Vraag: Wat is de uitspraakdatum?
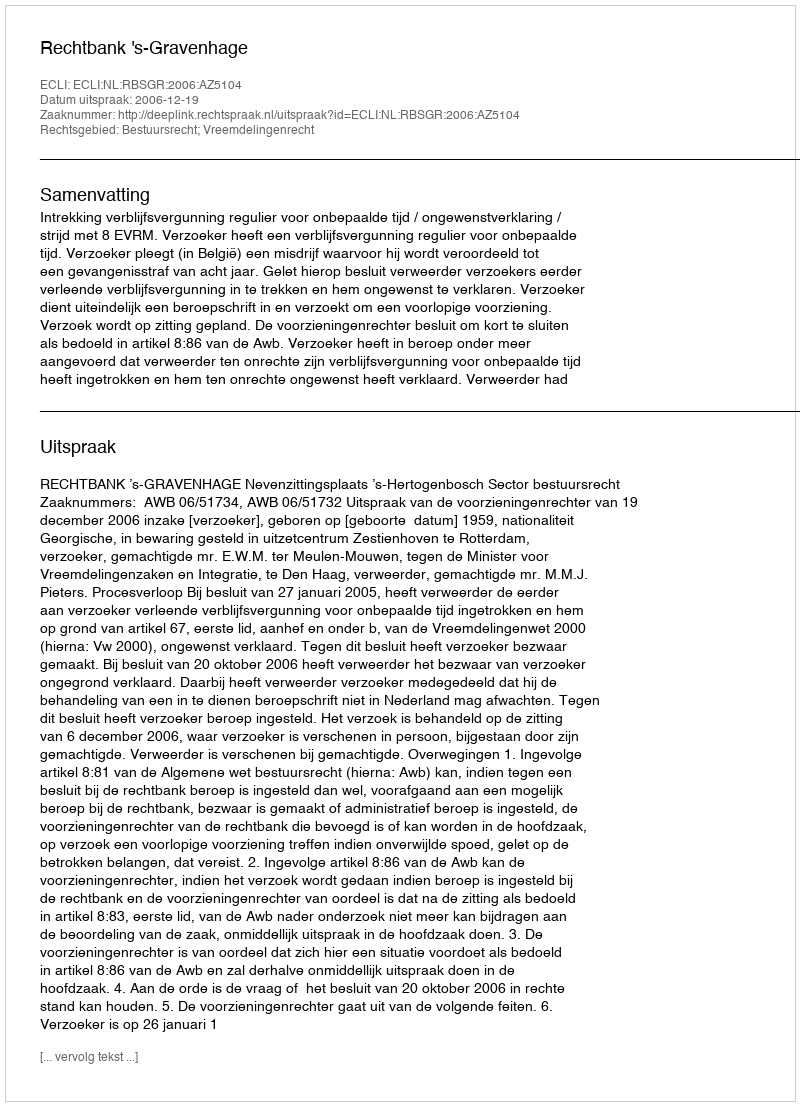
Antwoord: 2006-12-19